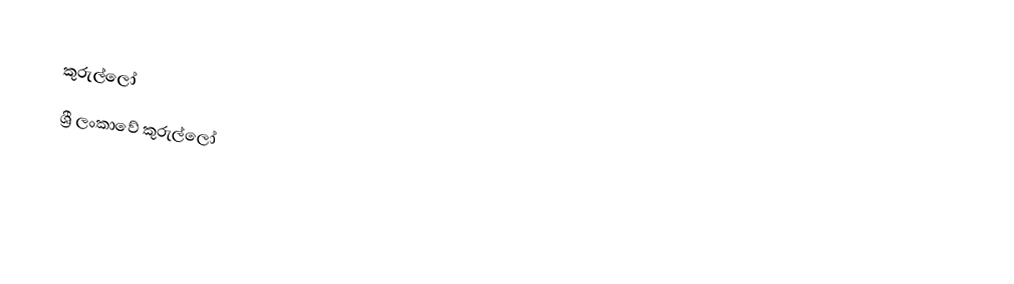
කුරුල්ලෝ
ශ්‍රී ලංකාවේ කුරුල්ලෝ